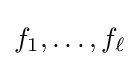
f_{1},\dots ,f_{\ell }